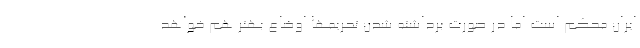
ایران محکم است اما در صورت برداشته شدن تحریمها اوضاع بهتر هم خواهد